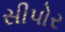
સીપોર